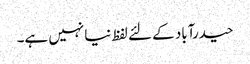
حیدرآباد کے لئے لفظ نیا نہیں ہے۔